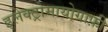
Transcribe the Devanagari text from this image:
इलेक्ट्रोमायोग्राफ़ी